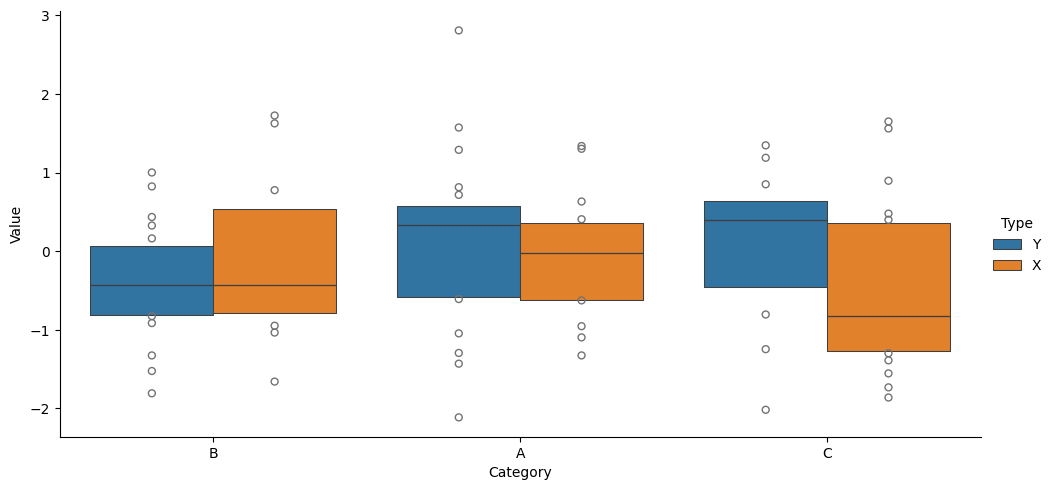
python, seaborn, catplot, kind='boxen', height=5, aspect=2